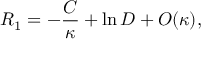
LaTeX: R _ { 1 } = - { \frac { C } { \kappa } } + \ln D + O ( \kappa ) ,